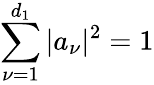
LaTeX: \sum_{\nu=1}^{d_{1}}\vert a_{\nu}\vert^{2}=1